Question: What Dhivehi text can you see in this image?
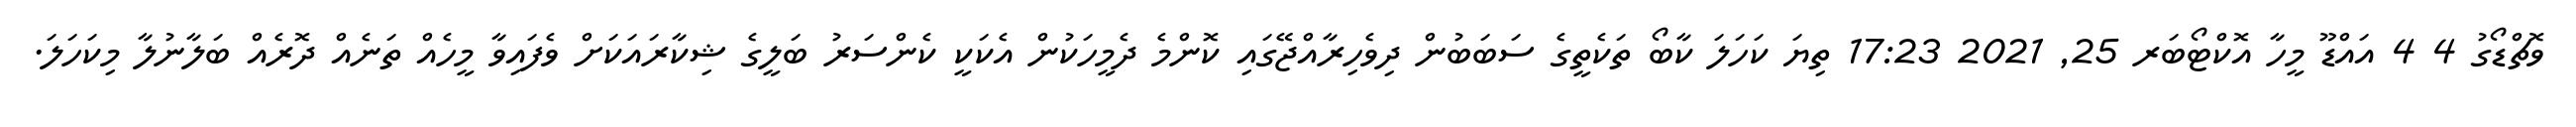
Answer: ވޮޗްޑޯގު 4 4 އައްޑޫ މީހާ އޮކްޓޯބަރ 25, 2021 17:23 ތިޔަ ކަހަލަ ކާބޯ ތަކެތީގެ ސަބަބުން ދިވެހިރާއްޖޭގައި ކޮންމެ ދެމީހަކުން އެކަކީ ކެންސަރު ބަލީގެ ޝިކާރައަކަށް ވެފައިވާ މީހެއް ތަނެއް ދޮރެއް ބަލާނުލާ މިކަހަލަ.